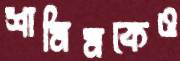
শামিমকেও